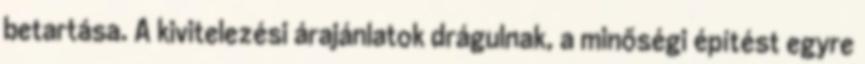
betartása. A kivitelezési árajánlatok drágulnak, a minőségi építést egyre